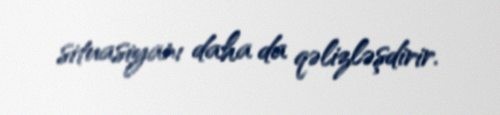
situasiyanı daha da qəlizləşdirir.